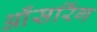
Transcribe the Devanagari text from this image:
ऑंसरिंग